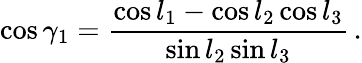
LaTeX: \cos\gamma_{1}={\frac{\cos l_{1}-\cos l_{2}\cos l_{3}}{\sin l_{2}\sin l_{3}}}\, .